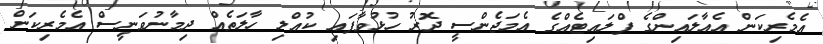
އެމެރިކަން އެއާލައިންގެ ފްލައިޓެއްގެ އެމަޖެންސީ ދޮރު ހުޅުވާފައި ކުއްލި ހާލަތެއް ދިމާނުވަނީސް އެމެރިކަން